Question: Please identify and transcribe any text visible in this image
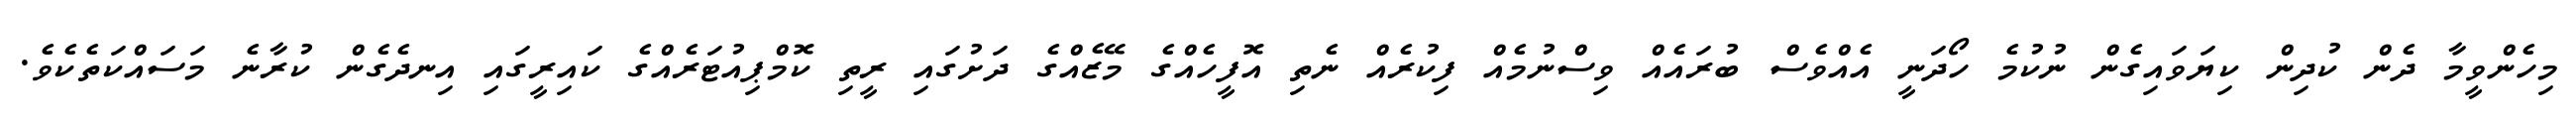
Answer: މިހެންވީމާ ދެން ކުދިން ކިޔަވައިގެން ނުކުމެ ހޯދަނީ އެއްވެސް ބުރައެއް ވިސްނުމެއް ފިކުރެއް ނެތި އޮފީހެއްގެ މޭޒެއްގެ ދަށުގައި ރީތި ކޮމްޕިއުޓަރެއްގެ ކައިރީގައި އިނދެގެން ކުރާނެ މަސައްކަތެކެވެ.